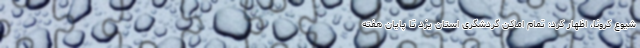
شیوع کرونا، اظهار کرد: تمام اماکن گردشگری استان یزد تا پایان هفته